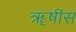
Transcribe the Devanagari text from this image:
ॠषींस